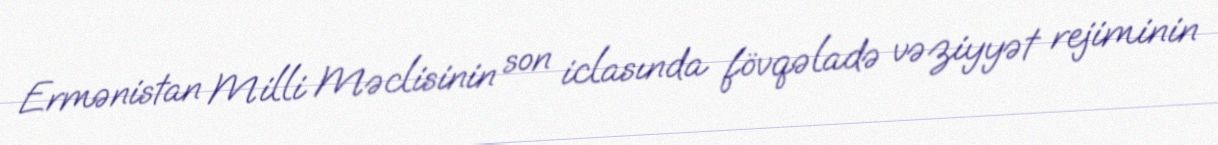
Ermənistan Milli Məclisinin son iclasında fövqəladə vəziyyət rejiminin